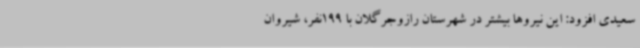
سعیدی افزود: این نیروها بیشتر در شهرستان رازوجرگلان با 199نفر، شیروان